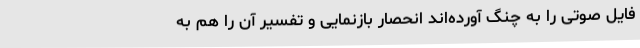
فایل صوتی را به چنگ آورده‌اند انحصار بازنمایی و تفسیر آن را هم به